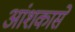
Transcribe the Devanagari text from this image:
आंशकासे